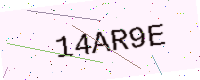
Text: 14AR9E